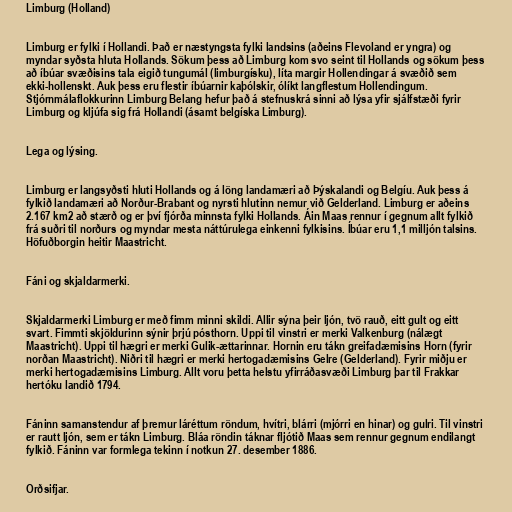
Limburg (Holland)

Limburg er fylki í Hollandi. Það er næstyngsta fylki landsins (aðeins Flevoland er yngra) og
myndar syðsta hluta Hollands. Sökum þess að Limburg kom svo seint til Hollands og sökum þess
að íbúar svæðisins tala eigið tungumál (limburgísku), líta margir Hollendingar á svæðið sem
ekki-hollenskt. Auk þess eru flestir íbúarnir kaþólskir, ólíkt langflestum Hollendingum.
Stjórnmálaflokkurinn Limburg Belang hefur það á stefnuskrá sinni að lýsa yfir sjálfstæði fyrir
Limburg og kljúfa sig frá Hollandi (ásamt belgíska Limburg).

Lega og lýsing.

Limburg er langsyðsti hluti Hollands og á löng landamæri að Þýskalandi og Belgíu. Auk þess á
fylkið landamæri að Norður-Brabant og nyrsti hlutinn nemur við Gelderland. Limburg er aðeins
2.167 km2 að stærð og er því fjórða minnsta fylki Hollands. Áin Maas rennur í gegnum allt fylkið
frá suðri til norðurs og myndar mesta náttúrulega einkenni fylkisins. Íbúar eru 1,1 milljón talsins.
Höfuðborgin heitir Maastricht.

Fáni og skjaldarmerki.

Skjaldarmerki Limburg er með fimm minni skildi. Allir sýna þeir ljón, tvö rauð, eitt gult og eitt
svart. Fimmti skjöldurinn sýnir þrjú pósthorn. Uppi til vinstri er merki Valkenburg (nálægt
Maastricht). Uppi til hægri er merki Gulik-ættarinnar. Hornin eru tákn greifadæmisins Horn (fyrir
norðan Maastricht). Niðri til hægri er merki hertogadæmisins Gelre (Gelderland). Fyrir miðju er
merki hertogadæmisins Limburg. Allt voru þetta helstu yfirráðasvæði Limburg þar til Frakkar
hertóku landið 1794.

Fáninn samanstendur af þremur láréttum röndum, hvítri, blárri (mjórri en hinar) og gulri. Til vinstri
er rautt ljón, sem er tákn Limburg. Bláa röndin táknar fljótið Maas sem rennur gegnum endilangt
fylkið. Fáninn var formlega tekinn í notkun 27. desember 1886.

Orðsifjar.